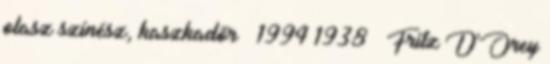
olasz színész, kaszkadőr † 1994 1938 – Fritz D'Orey